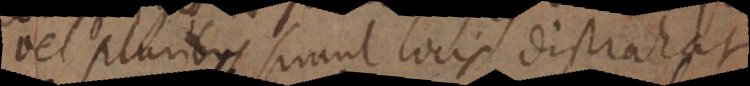
vel pluribus simul locis distrahat